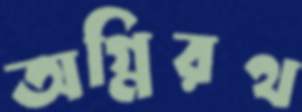
অগ্নিরথ